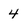
Character: 4